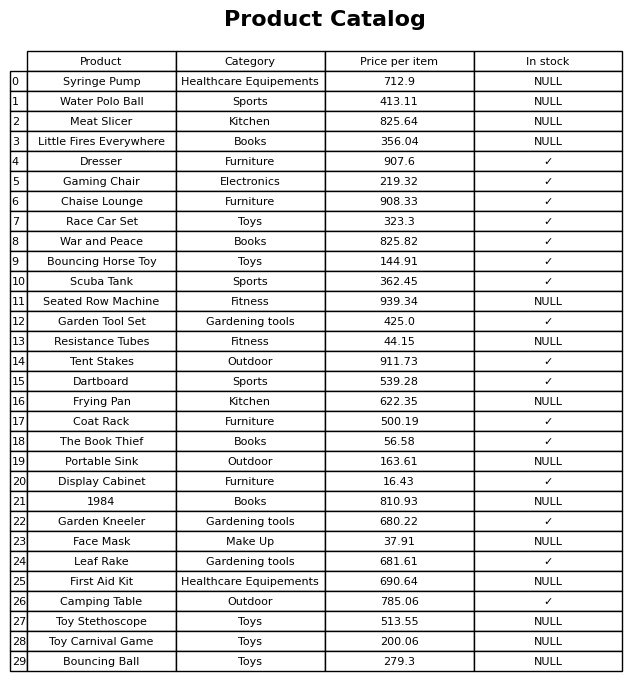
question: What is the price for 1984?
answer: The price of 1984 is 810.93.